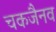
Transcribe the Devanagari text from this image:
चकजैनव